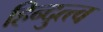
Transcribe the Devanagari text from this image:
हिन्दुत्त्व